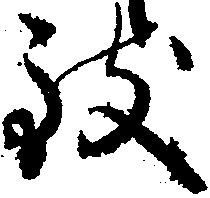
致